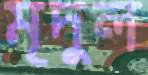
মৃদুল